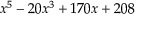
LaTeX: x ^ { 5 } - 2 0 x ^ { 3 } + 1 7 0 x + 2 0 8